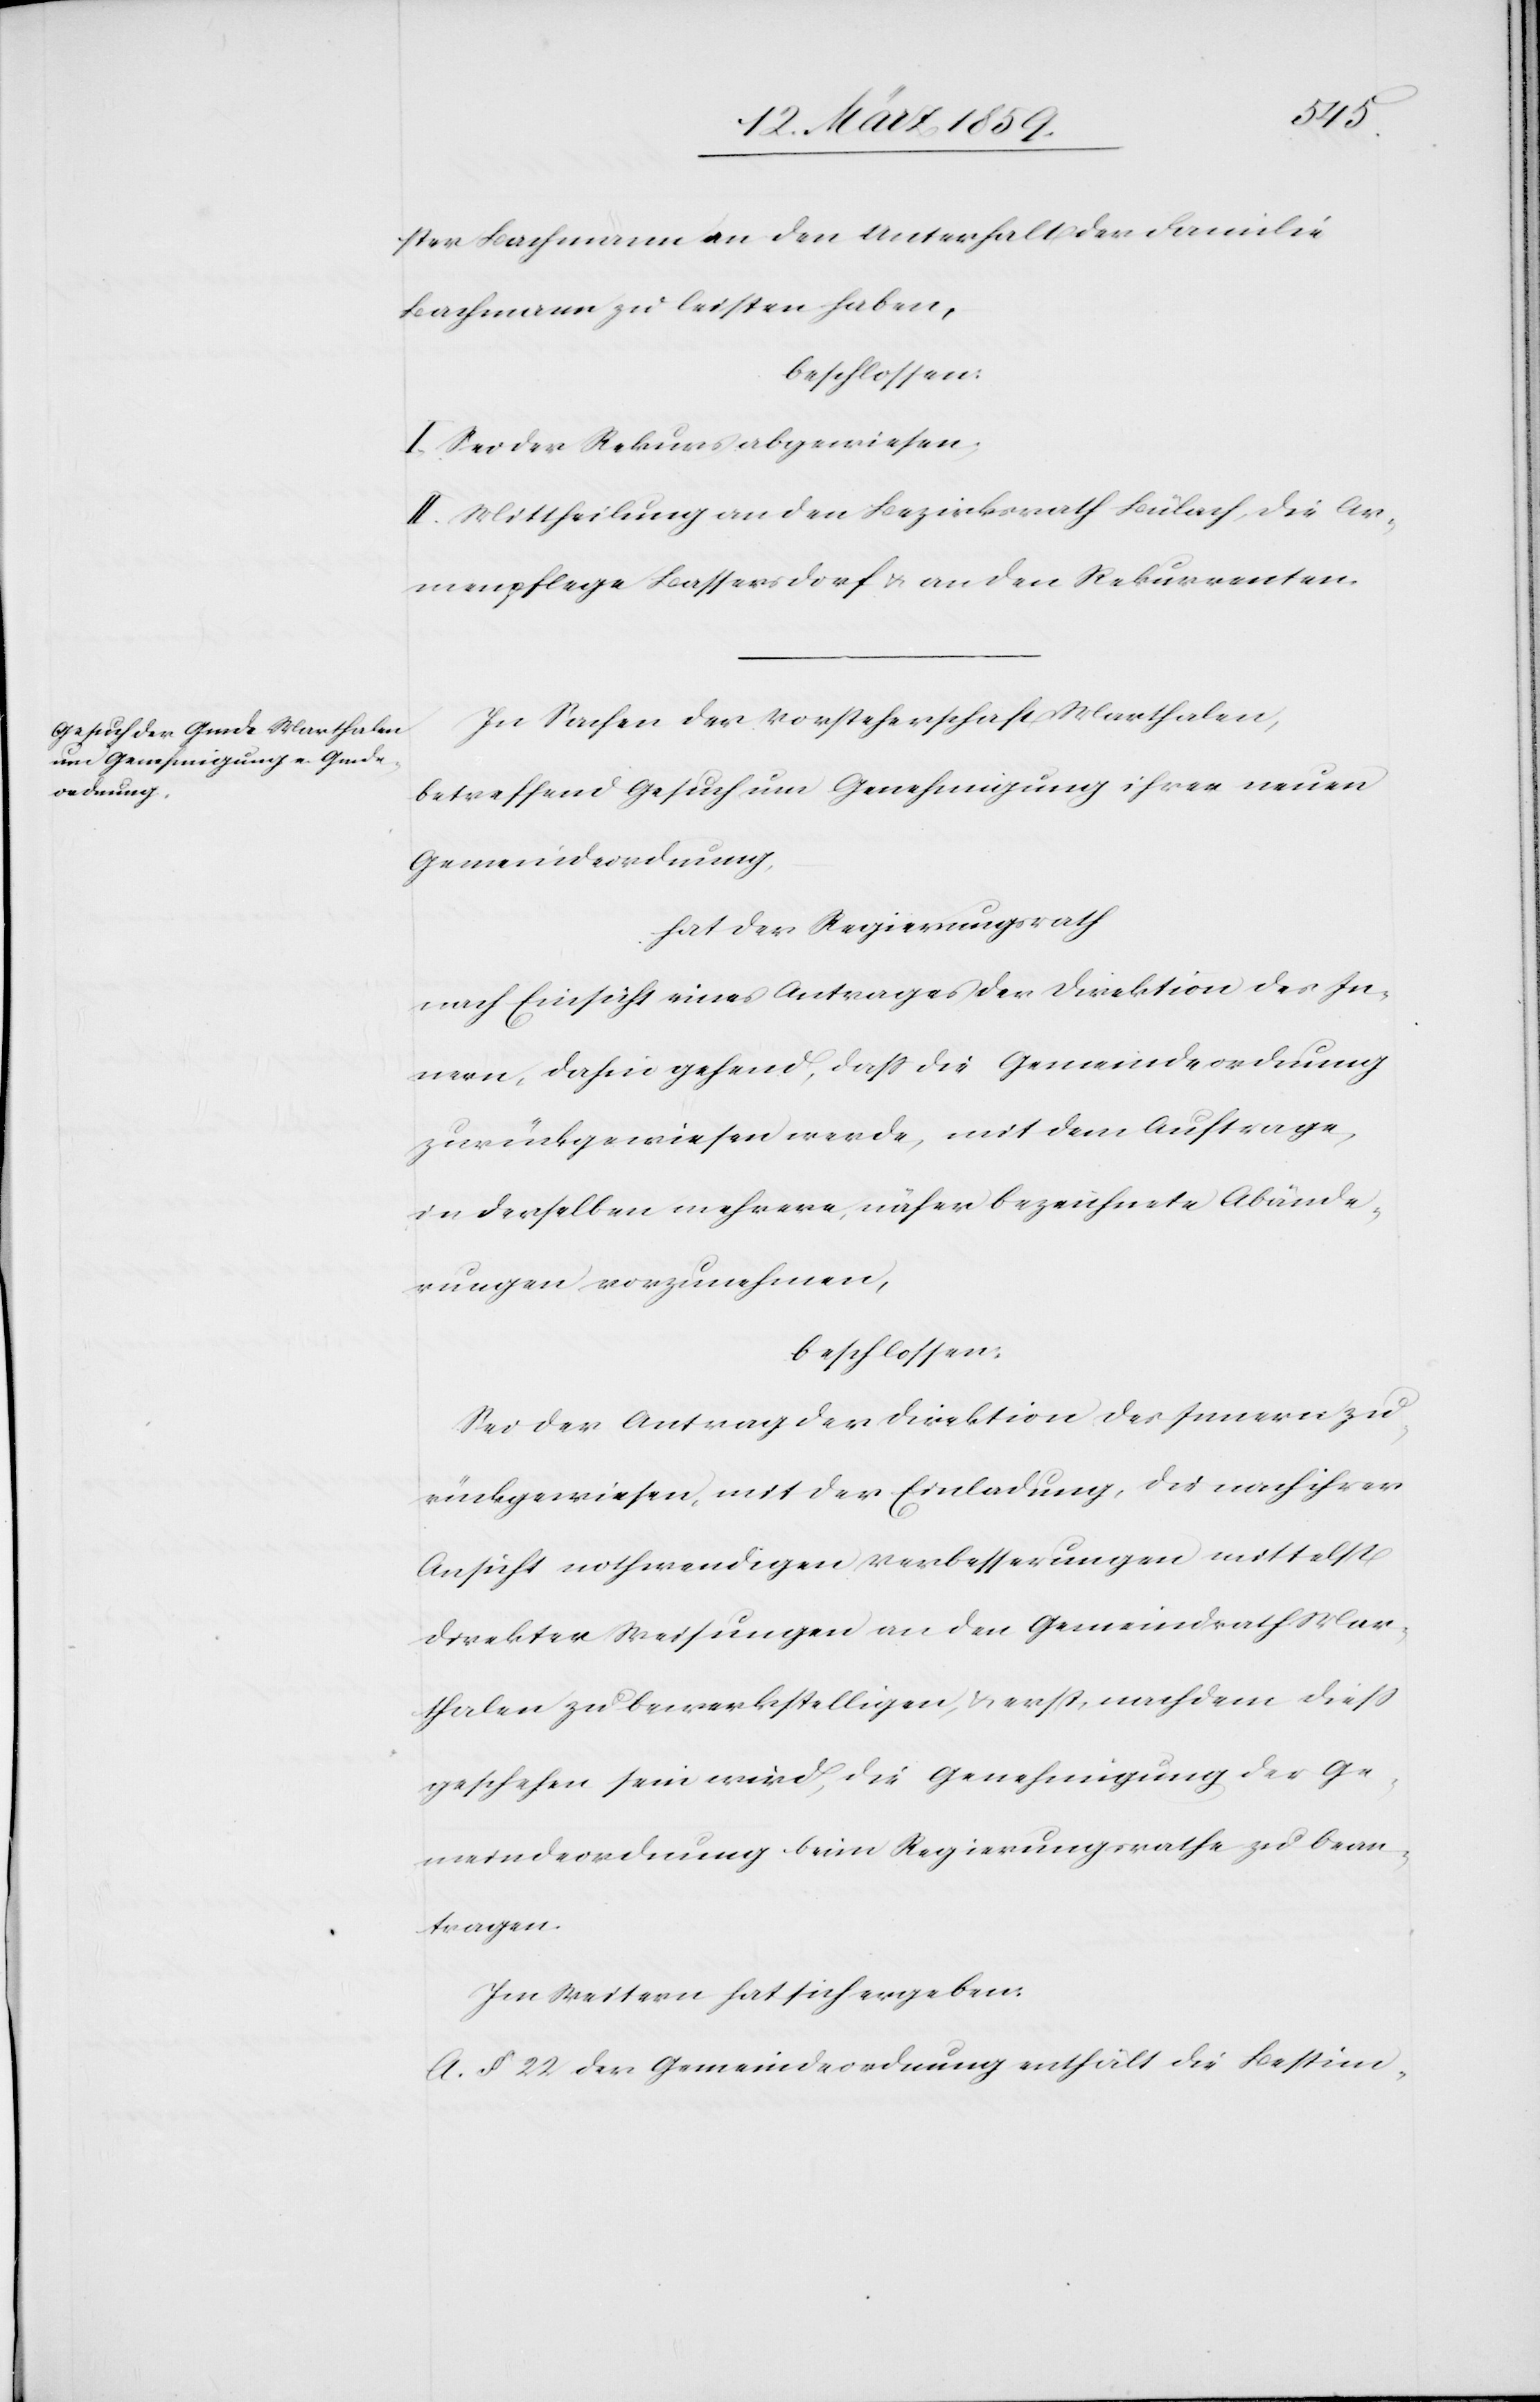
ster Bachmann an den Unterhalt der Familie
Bachmann zu leisten haben,
beschlossen:
I. Sei der Rekurs abgewiesen.
II. Mittheilung an den Bezirksrath Bülach, die Ar¬
menpflege Bassersdorf & an den Rekurrenten.
In Sachen der Vorsteherschaft Marthalen,
betreffend Gesuch um Genehmigung ihrer neuen
Gemeindeordnung,
hat der Regierungsrath
nach Einsicht eines Antrages der Direktion des In¬
nern, dahin gehend, daß die Gemeindeordnung
zurückgewiesen werde, mit dem Auftrage,
in derselben mehrere, näher bezeichnete Abände¬
rungen vorzunehmen,
beschlossen:
Sei der Antrag der Direktion des Innern zu¬
rückgewiesen, mit der Einladung, die nach ihrer
Ansicht nothwendigen Verbesserungen mittelst
direkter Weisungen an den Gemeindrath Mar¬
thalen zu bewerkstelligen, & erst, nachdem dieß
geschehen sein wird, die Genehmigung der Ge¬
meindeordnung beim Regierungsrathe zu bean¬
tragen.
Im Weitern hat sich ergeben:
A. § 22 der Gemeindeordnung enthält die Bestim-